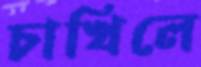
চাখিলে